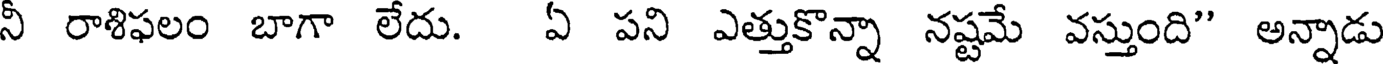
నీ రాశిఫలం బాగా లేదు. ఏ పని ఎత్తుకొన్నా నష్టమే వస్తుంది" అన్నాడు